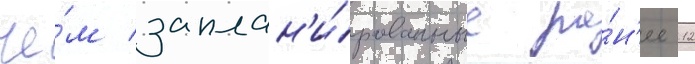
че́м заплан'и́рованные ра́н'ее 12